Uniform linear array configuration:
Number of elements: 16
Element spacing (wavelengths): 0.25
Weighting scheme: binomial
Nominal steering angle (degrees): -30
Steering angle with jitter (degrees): -30.131
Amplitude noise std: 0.05
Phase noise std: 0.05

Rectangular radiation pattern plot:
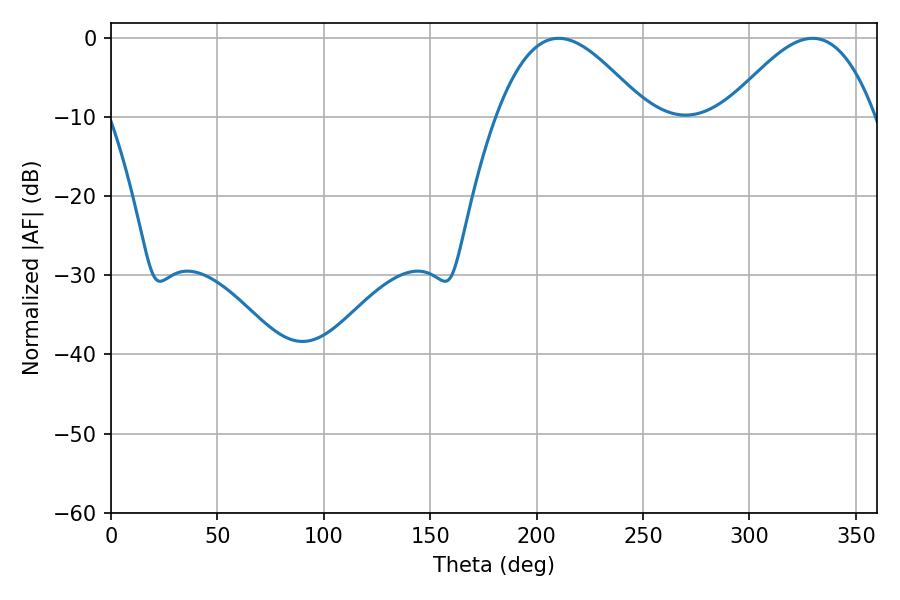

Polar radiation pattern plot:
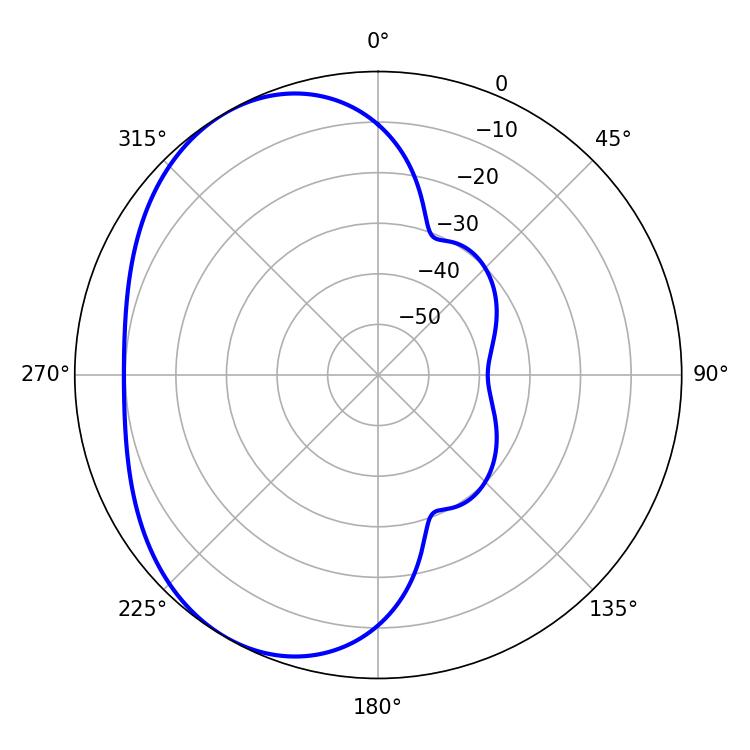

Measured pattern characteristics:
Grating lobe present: FALSE
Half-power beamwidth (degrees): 37.8
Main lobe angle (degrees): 210.42